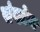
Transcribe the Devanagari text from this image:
संख्येय